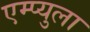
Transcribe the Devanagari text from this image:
एम्प्युला